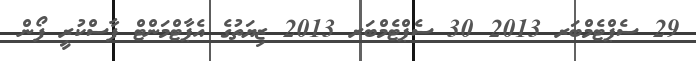
29 ސެޕްޓެމްބަރ 2013 30 ސެޕްޓެމްބަރ 2013 ޒިޔަތުގެ އެޕާޓްމަންޓް ފާސްކުރީ ފޯން